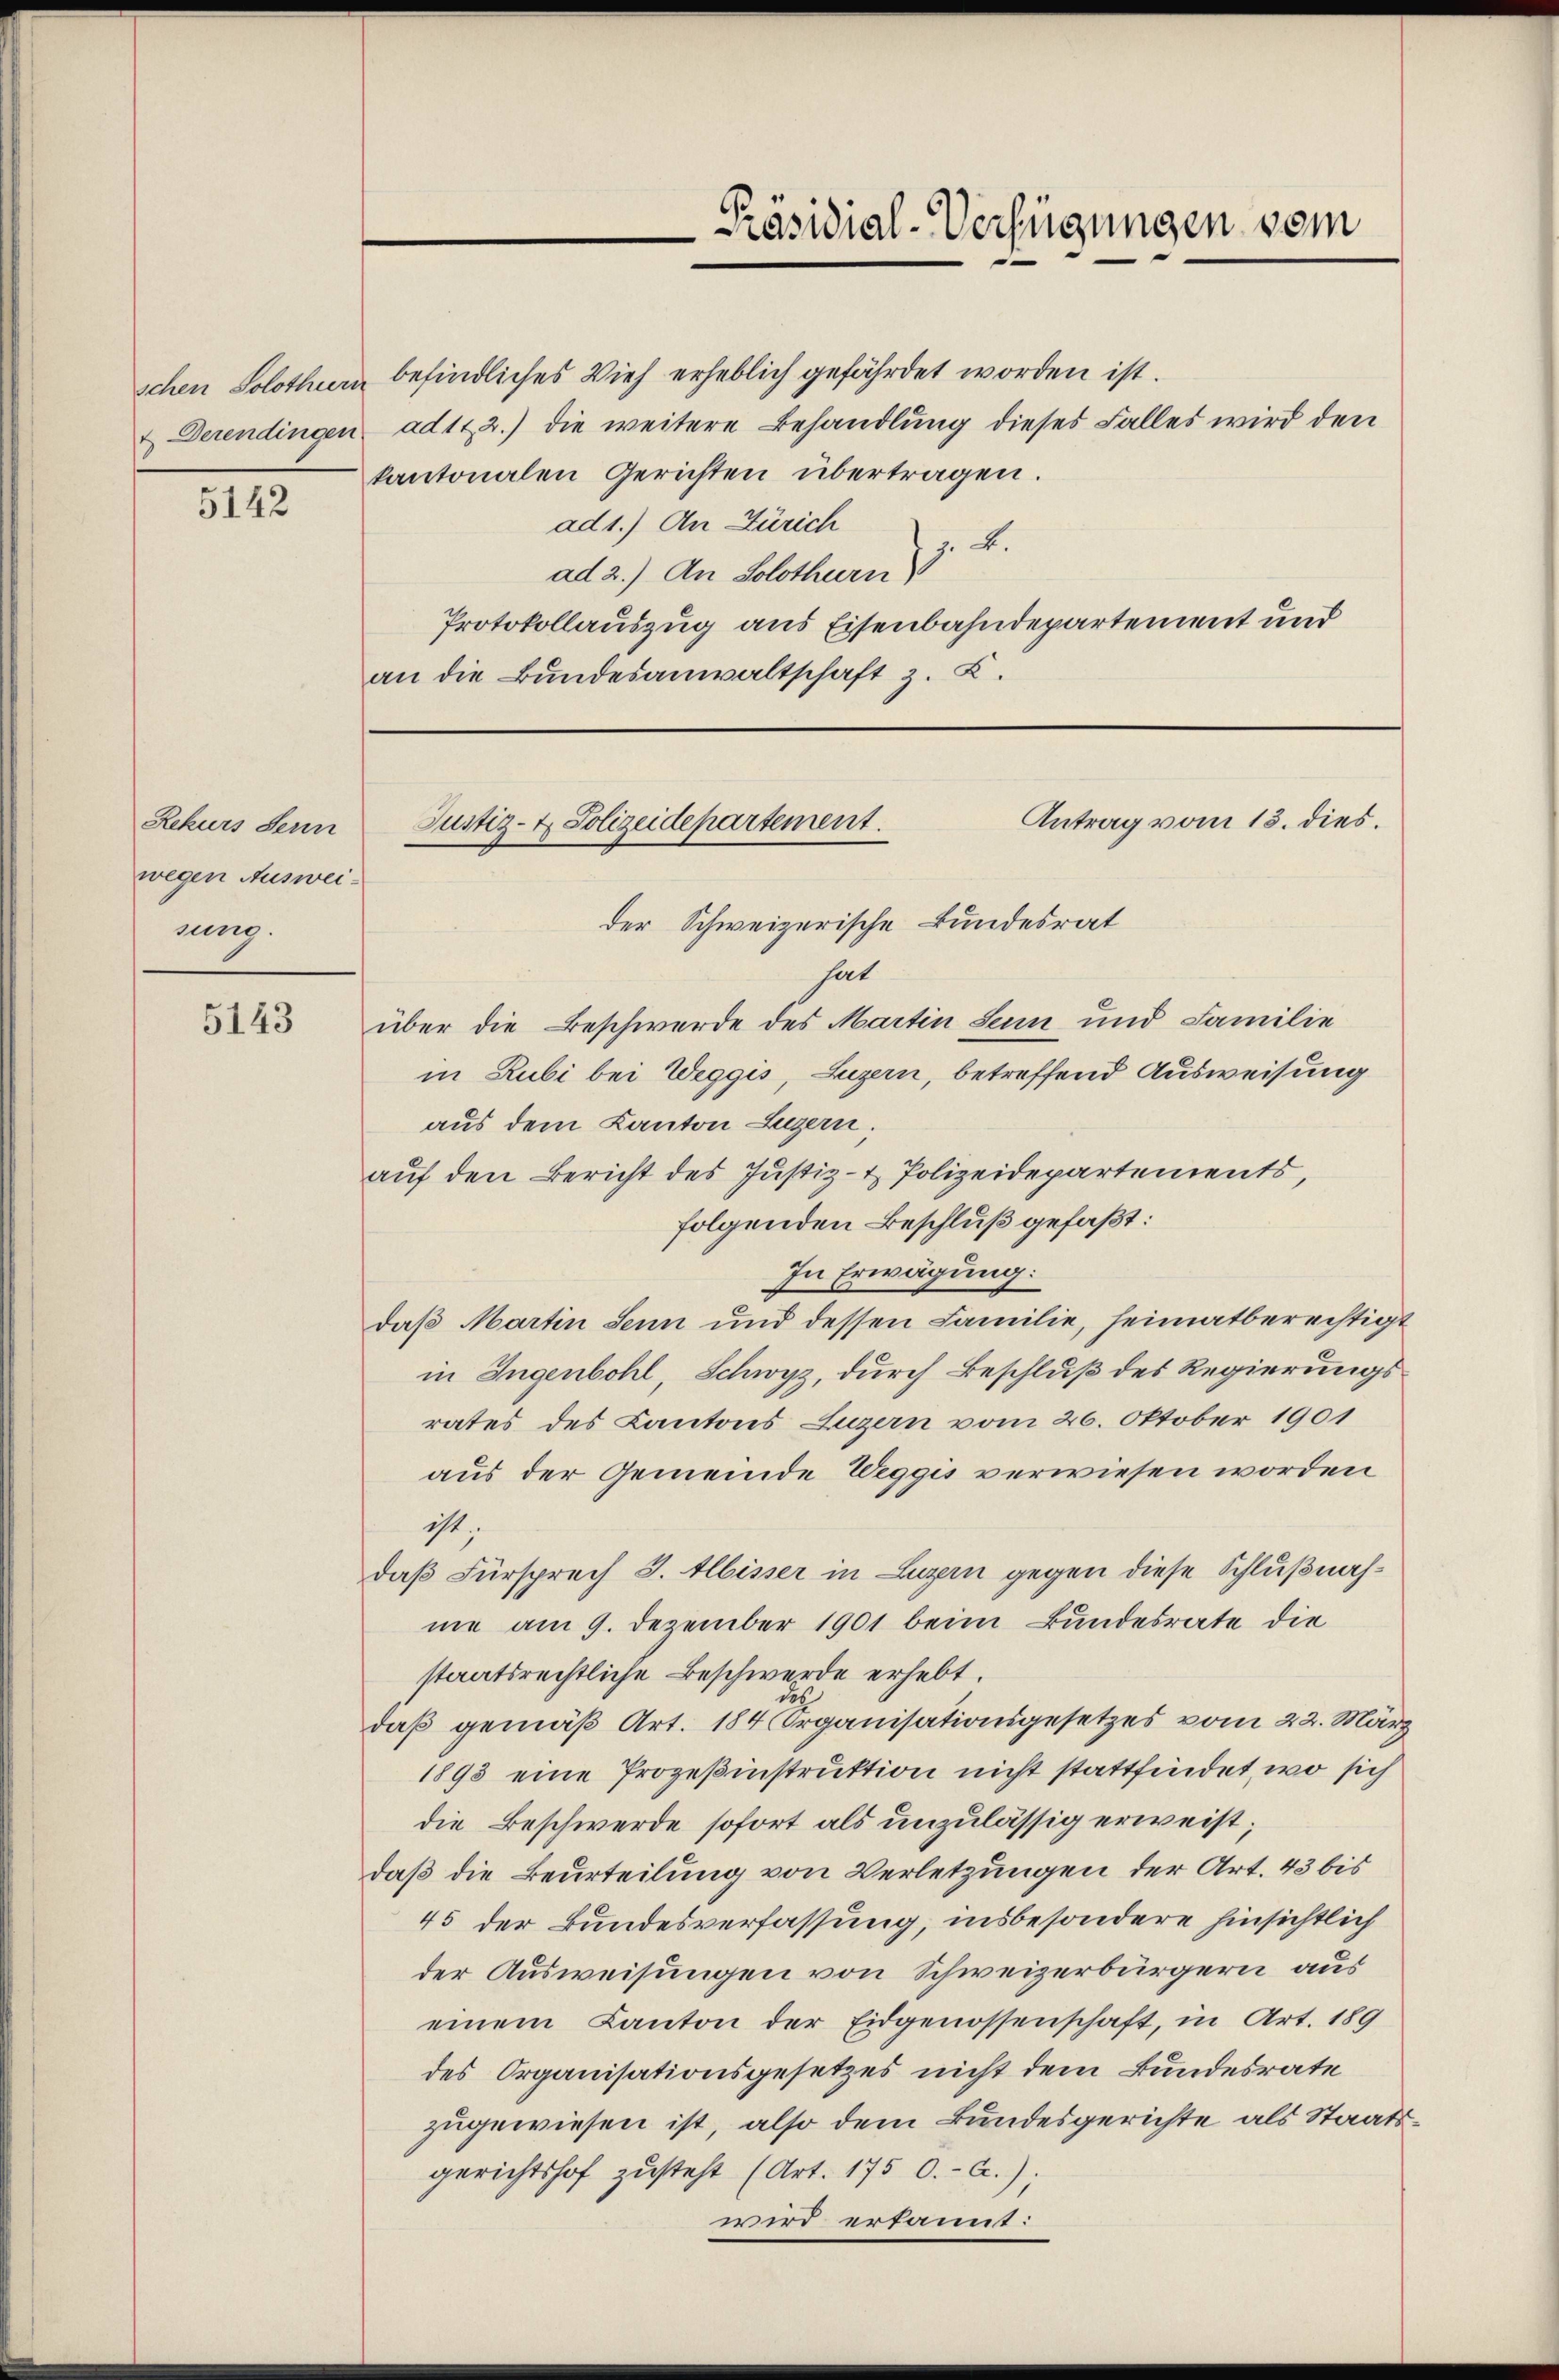
& Derendingen

5142

Rekurs Senn
wegen Ausweisung.

5143

Präsidial-Verfügungen vom

schen Solothur befindliches Vieh erheblich gefährdet worden ist.
ad 1. 2.) die weitere Behandlung dieses Falles wird den
kantonalen Gerichten übertragen.
ad 1.) An Zürich
J. L.
ad 2.) An Solothurn)
Protokollauszug aus Eisenbahndepartement und
an die Bundesanwaltschaft z. B.

Antrag vom 13. dies.
Justiz- & Polizeidepartement.

der Schweizerische Bundesrat
hat
über die Beschwerde des Martin Senn und Familie
in Rubi bei Weggis, Luzern, betreffend Ausweisung
aus dem Kanton Luzern.
auf den Bericht des Justiz- & Polizeidepartements,
folgenden Beschluß gefaßt:
In Erwägung:
daß Martin Senn und dessen Familie, heimatberechtigt
in Ingenbohl, Schwyz, durch Beschluß des Regierungsrates des Kantons Luzern vom 26. Oktober 1901
aus der Gemeinde Weggis verwiesen worden
ist;
daß Fürsprech S. Albisser in Luzern gegen diese Schlußnahme am 9. Dezember 1901 beim Bundesrate die
staatsrechtliche Beschwerde erhebt.
de
daß gemäß Art. 184 Organisationsgesetzes vom 22. März
1893 eine Prozeßinstruktion nicht stattfindet, wo sich
die Beschwerde sofort als unzulässig erweist;
daß die Beurteilung von Verletzungen der Art. 43 bis
45 der Bundesverfassung, insbesondere hinsichtlich
der Ausweisungen von Schweizerbürgern aus
einem Kanton der Eidgenossenschaft, in Art. 189
des Organisationsgesetzes nicht dem Bundesrate
zugewiesen ist, also dem Bundesgerichte als Staatsgerichtshof zŭsteht (Art. 175 0.- a.).
wird erkannt: